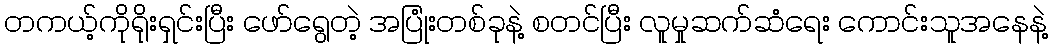
တကယ့်ကိုရိုးရှင်းပြီး ဖော်ရွေတဲ့ အပြုံးတစ်ခုနဲ့ စတင်ပြီး လူမှုဆက်ဆံရေး ကောင်းသူအနေနဲ့